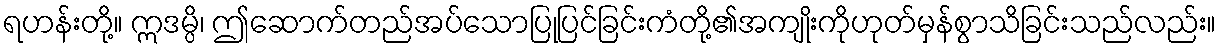
ရဟန်းတို့။ ဣဒမ္ပိ၊ ဤဆောက်တည်အပ်သောပြုပြင်ခြင်းကံတို့၏အကျိုးကိုဟုတ်မှန်စွာသိခြင်းသည်လည်း။